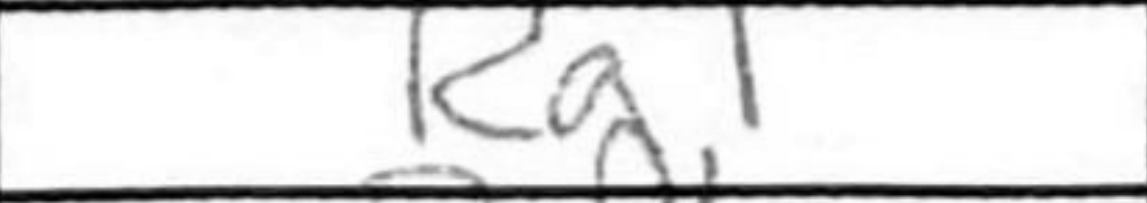
Transcription: Ra1